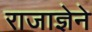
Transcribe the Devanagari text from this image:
राजाज्ञेने